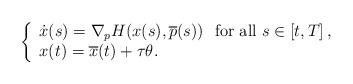
LaTeX: \begin{align*}\left\{\begin{array}{l}\dot{x}(s)= \nabla_p H(x(s),\overline{p}(s))\ \mbox{ for all } s\in \left[ t, T \right],\\x(t)=\overline{x}(t)+\tau\theta.\end{array}\right.\end{align*}